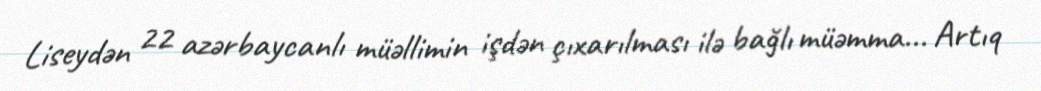
Liseydən 22 azərbaycanlı müəllimin işdən çıxarılması ilə bağlı müəmma... Artıq